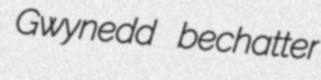
Gwynedd bechatter